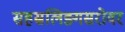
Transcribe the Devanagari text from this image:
सहस्रलिङ्गसरोवर